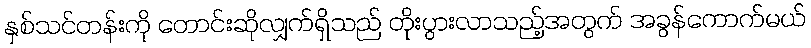
နှစ်သင်တန်းကို တောင်းဆိုလျှက်ရှိသည် တိုးပွားလာသည့်အတွက် အခွန်ကောက်မယ်